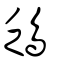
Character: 鴔